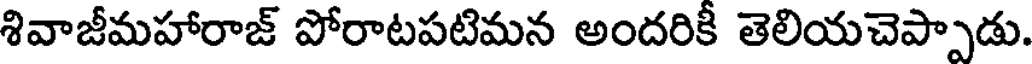
శివాజీమహారాజ్ పోరాటపటిమన అందరికీ తెలియచెప్పాడు.